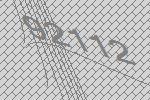
92112